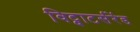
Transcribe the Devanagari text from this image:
विट्वाटर्सरेंड